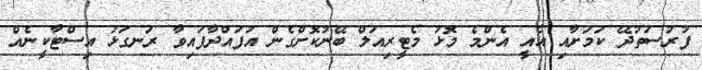
ފުރުސަތުދޭ ކަމަށާއި އެއީ އެންމެ މޮޅު މެޓީރިއަލް ބޭނުކޮށްގެން އުފައްދާފައިވާ ރަނގަޅު އިސްޓާކީނެއް